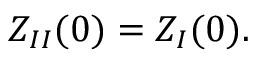
Z _ { I I } ( 0 ) = Z _ { I } ( 0 ) .